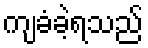
ကျခံခဲ့ရသည်